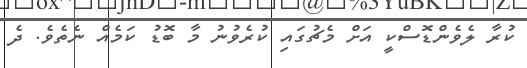
ކުރާ ލެވެންޑޮސްކީ އަށް މެޗުގައި ކުރެވުނު މާ ބޮޑު ކަމެއް ނެތެވެ. ދެ